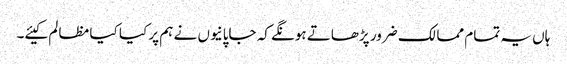
ہاں یہ تمام ممالک ضرور پڑھاتے ہونگے کہ جاپانیوں نے ہم پر کیا کیا مظالم کیئے۔